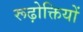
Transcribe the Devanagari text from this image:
रूढ़ोक्तियों